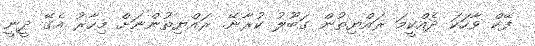
ފޭކް ވާހަކަ ދެއްކީމަ ރައްޔިތުން ގަބޫލު ކުރާނޭ. ރައްޔިތުންނަށް މިހާރު އެގޭ ދީނީ